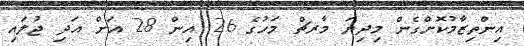
އިންތިޒާމުކޮށްގެން މިދިޔަ މާރޗް މަހުގެ 26 އިން 28 އަށް އަދި ޖުލައި